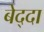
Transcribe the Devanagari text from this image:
बेद्दा